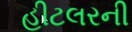
હીટલરની